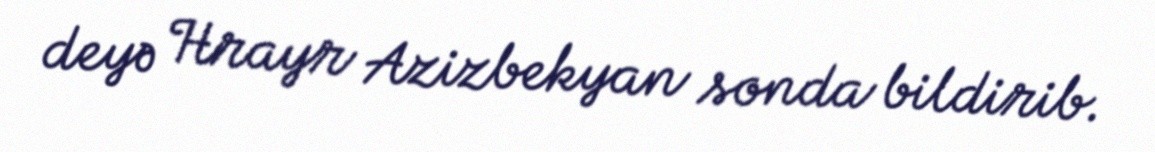
deyə Hrayr Azizbekyan sonda bildirib.